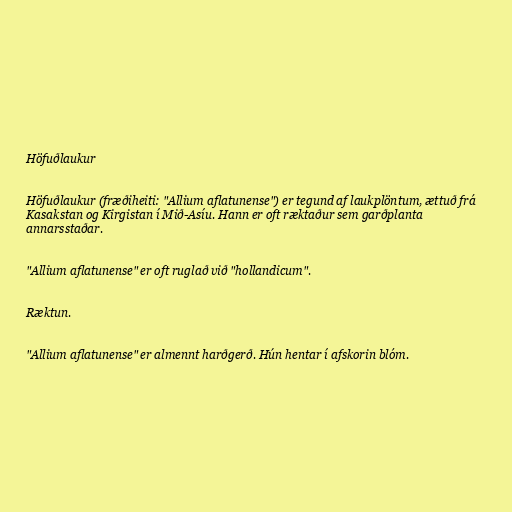
Höfuðlaukur

Höfuðlaukur (fræðiheiti: "Allium aflatunense") er tegund af laukplöntum, ættuð frá
Kasakstan og Kirgistan í Mið-Asíu. Hann er oft ræktaður sem garðplanta
annarsstaðar.

"Allium aflatunense" er oft ruglað við "hollandicum".

Ræktun.

"Allium aflatunense" er almennt harðgerð. Hún hentar í afskorin blóm.